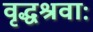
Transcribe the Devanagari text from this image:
वृद्धश्रवाः